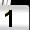
Digit: 1